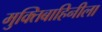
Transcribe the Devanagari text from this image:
मुक्तिबाहिनीला